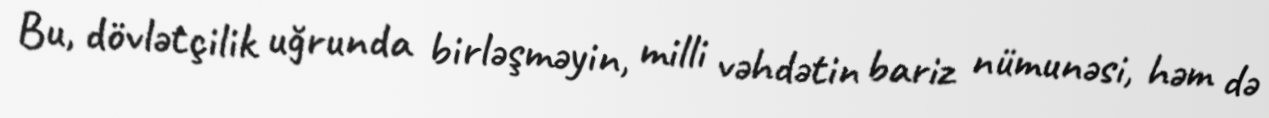
Bu, dövlətçilik uğrunda birləşməyin, milli vəhdətin bariz nümunəsi, həm də